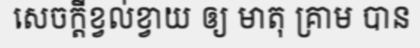
សេចក្តីខ្វល់ខ្វាយ ឲ្យ មាតុ គ្រាម បាន